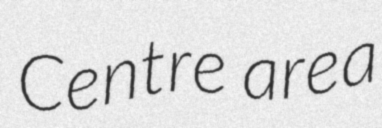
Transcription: Centre area